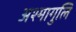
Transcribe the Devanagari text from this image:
अश्मागुलि